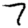
Digit: 7